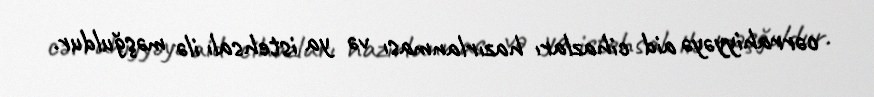
cərrahiyyəyə aid cihazları hazırlanması və ya istehsalı ilə məşğuldur.